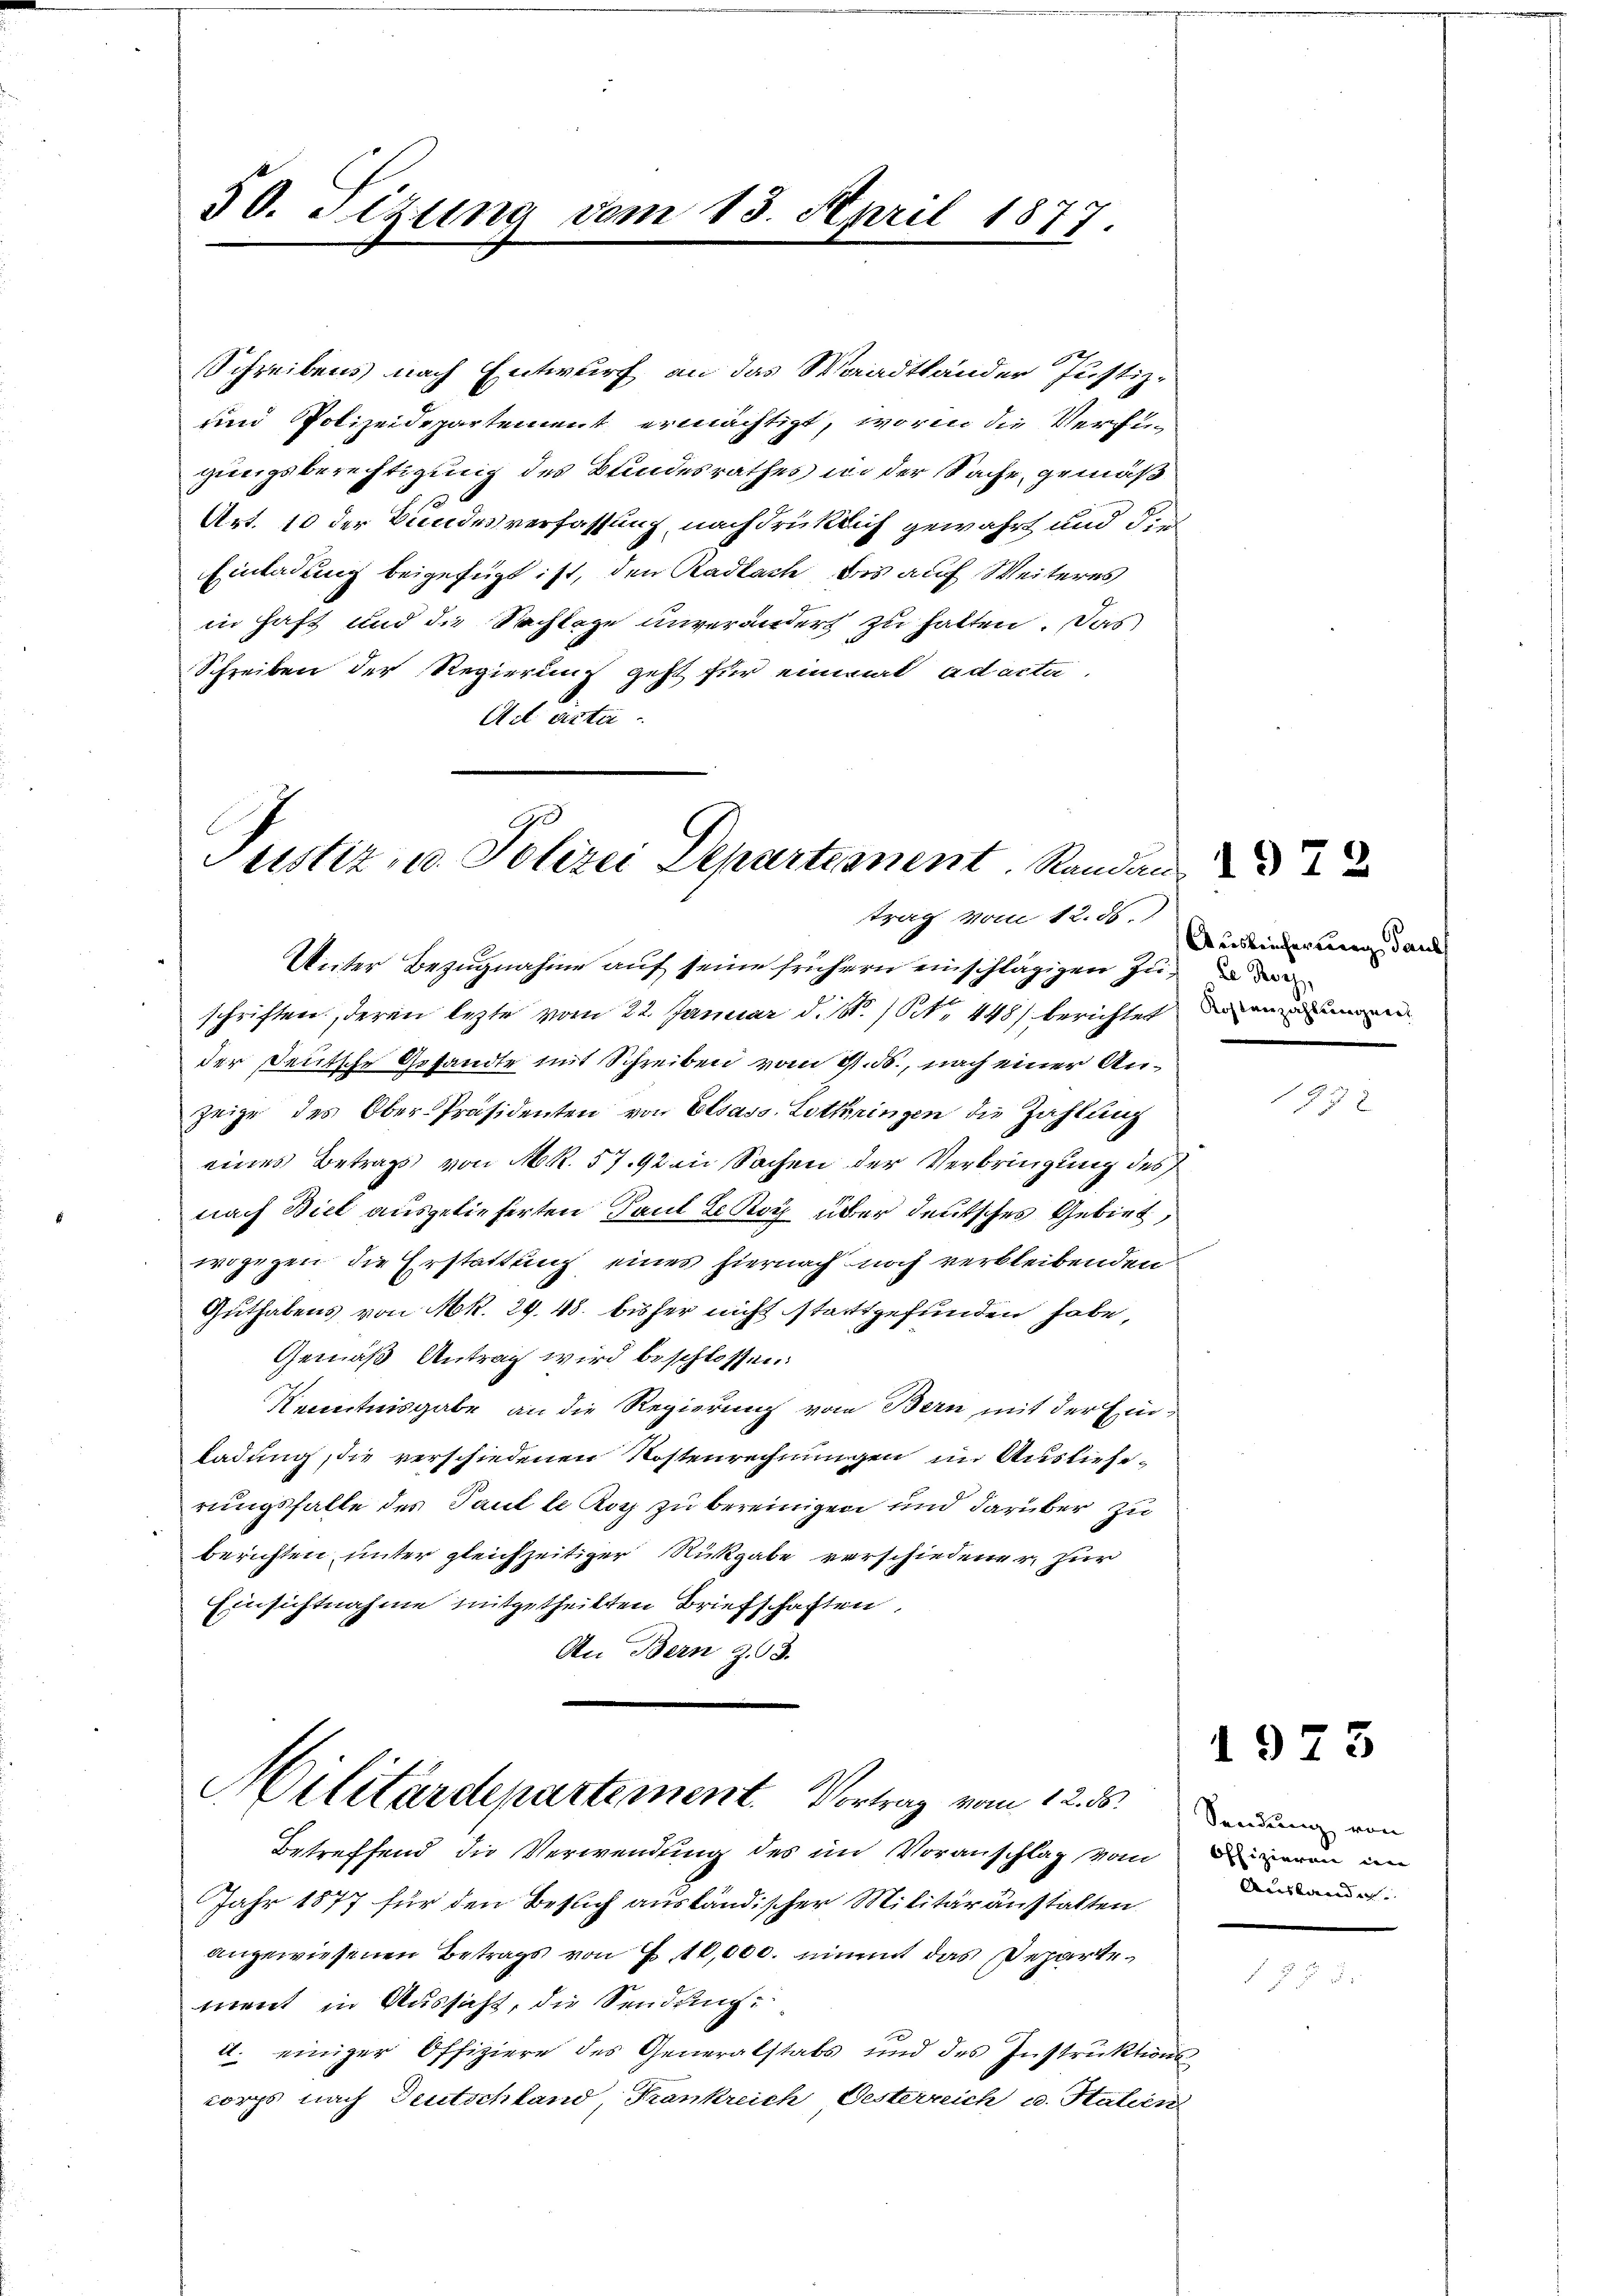
50. Sitzung vom 13. April 1877.

Schreibens nach Entwurf an das Waadtländer Justiz-
und Polizeidepartement ermächtigt, worin die Verfügungsberechtigung des Bundesrathes in der Sache gemäß
Art. 10 der Bundesverfassung, nachdrücklich gewährt und dies
Einladung beigefügt ist, den Kadlach bis auf Weiteres
in haft und die Sachlage unverändert zu hatten. Das
Schreiben der Regierung geht für einmal ad acta.
Act acti

Justiz, u. Polizei Departement. Randen
trag vom 12. ds.

Weiter Bezugnahme auf seine frühern einschlägigen zuschriften, deren lezte vom 22. Januar d. M. (S. 448) berichteten
der Deutsche Gesandte mit Schreiben vom 11. ds., nach einer Anzeige des Ober-Präsidenten von Elsass. Lothringen die Zahlung
eines Betrags von M R. 57. 92 in Sachen der Verbringung des
nach Biel ausgelieferten Paul LKoy über deutsches Gebiet,
wogegen die Erstattung eines hiernach noch verbleibenden
Guthabens von Mk. 29. 48. bisher nicht stattgefunden habe,
Gemäß Antrag wird beschlossen:
Kenntnisgabe an die Regierung vom Bern mit der Ein
ladung, die verschiedenen Kostenrechnungen in Auslieferungsfalle des Paul le Kog zu bereinigen und darüber zu
berichten, unter gleichzeitiger Rückgabe verschiedener zur
Einsichtnahme mitgetheilten Briefschaften,
An Bern z. 93.

Militärdepartement. Vortrag vom 12. ds.

Betreffend die Verwendung des im Voranschlag vom
Jahr 1877 für den Besuch ausländischer Militäranstalten.
angewiesenen Betrags von E. 10,000. nimmt das Departement in Aussicht, die Sendung:
d. einiger Offiziere des Generalstabs und des Instrŭktions-
korps nach Deutschland, Krankreich, Oesterreich u. Stuhen.

Ausreicherweg daue

1872

Sendung von
Offizieren in
Auslander.

1973